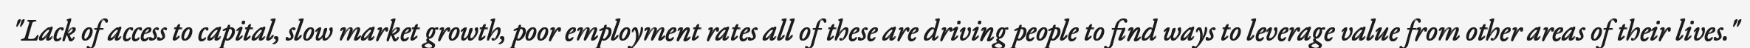
"Lack of access to capital, slow market growth, poor employment rates all of these are driving people to find ways to leverage value from other areas of their lives."